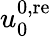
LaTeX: u_{0}^{0,\mathrm{re}}